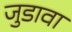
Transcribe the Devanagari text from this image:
जुडावा